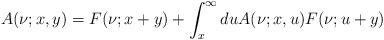
LaTeX: \begin{align*}A(\nu;x,y)=F(\nu;x+y)+\int_{x}^{\infty}du A(\nu;x,u)F(\nu;u+y)\end{align*}